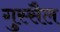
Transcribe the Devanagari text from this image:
गुस्सैल